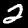
Label: 2